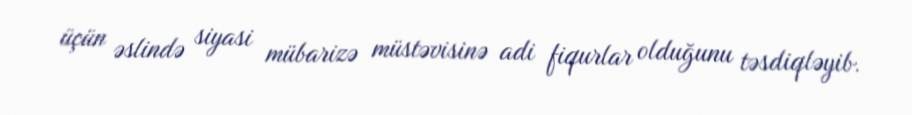
üçün əslində siyasi mübarizə müstəvisinə adi fiqurlar olduğunu təsdiqləyib.